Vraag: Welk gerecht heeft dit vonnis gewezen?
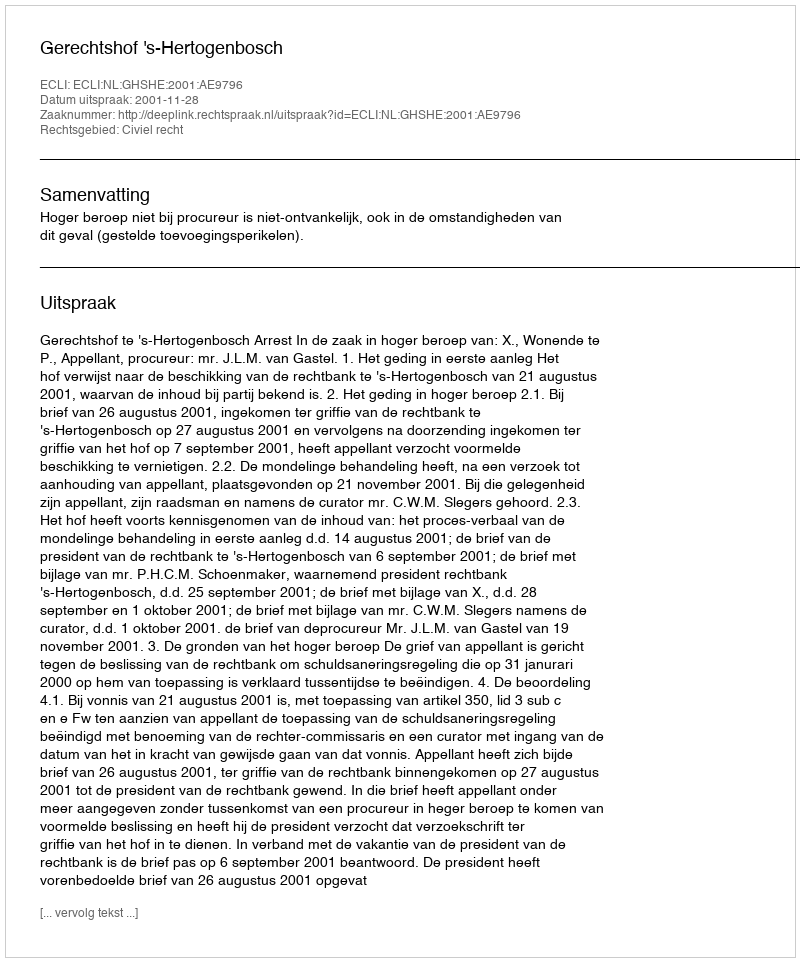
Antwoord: Gerechtshof 's-Hertogenbosch